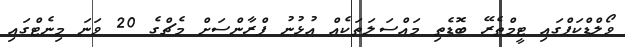
ވޯލްޑްކަޕްގައި ޓީމްތެރޭ ބޮޑެތި މައްސަލަތަކެއް އުޅުނު ފްރާންސަށް މެޗްގެ 20 ވަނަ މިނެޓްގައި